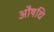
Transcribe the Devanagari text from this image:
औषधि